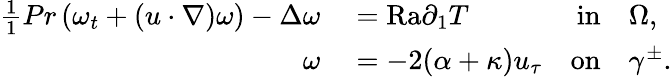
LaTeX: \begin{array}{rlrl}{\frac{1}{1}{{Pr}}\left(\omega_{t}+(u\cdot\nabla)\omega\right)-\Delta\omega}&{{}=\mathrm{{Ra}}\partial_{1}T}&{\textnormal{in}}&{{}\Omega,}\\ {\omega}&{{}=-2(\alpha+\kappa)u_{\tau}}&{\textnormal{on}}&{{}\gamma^{\pm}.}\end{array}